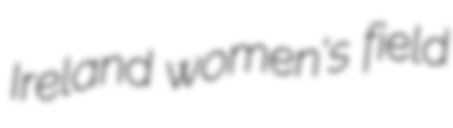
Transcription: Ireland women's field